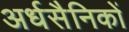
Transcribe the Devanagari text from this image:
अर्धसैनिकों